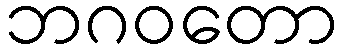
ဘဂဝတော